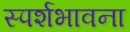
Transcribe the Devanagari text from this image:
स्पर्शभावना